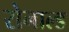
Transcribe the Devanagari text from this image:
रोनाल्‍ड